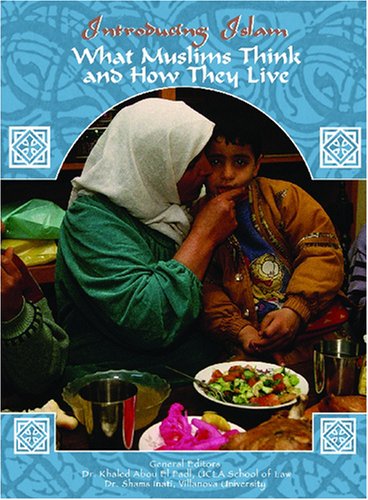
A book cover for What Muslims Think and How They Live (Introducing Islam); Rick Hodges; Teen & Young Adult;